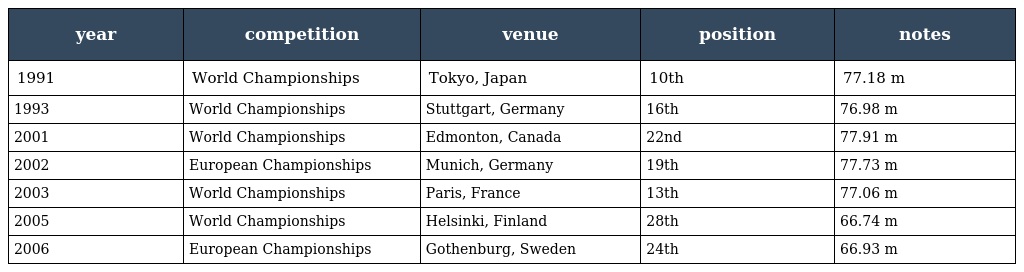
| year | competition | venue | position | notes |
 | --- | --- | --- | --- | --- |
 | 1991 | World Championships | Tokyo, Japan | 10th | 77.18 m |
 | 1993 | World Championships | Stuttgart, Germany | 16th | 76.98 m |
 | 2001 | World Championships | Edmonton, Canada | 22nd | 77.91 m |
 | 2002 | European Championships | Munich, Germany | 19th | 77.73 m |
 | 2003 | World Championships | Paris, France | 13th | 77.06 m |
 | 2005 | World Championships | Helsinki, Finland | 28th | 66.74 m |
 | 2006 | European Championships | Gothenburg, Sweden | 24th | 66.93 m |